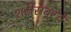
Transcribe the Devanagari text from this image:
शरीरावरचे